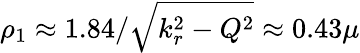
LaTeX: \rho_{1}\approx 1.84/\sqrt{k_{r}^{2}-Q^{2}}\approx 0.43\mu